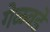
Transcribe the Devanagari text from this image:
गेळवडे